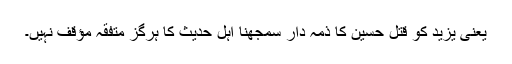
یعنی یزید کو قتلِ حسینؓ کا ذمہ دار سمجھنا اہل حدیث کا ہرگز متفقّہ مؤقف نہیں۔